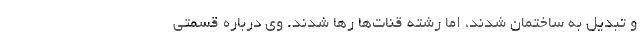
و تبدیل به ساختمان شدند، اما رشته قنات‌ها رها شدند. وی درباره قسمتی